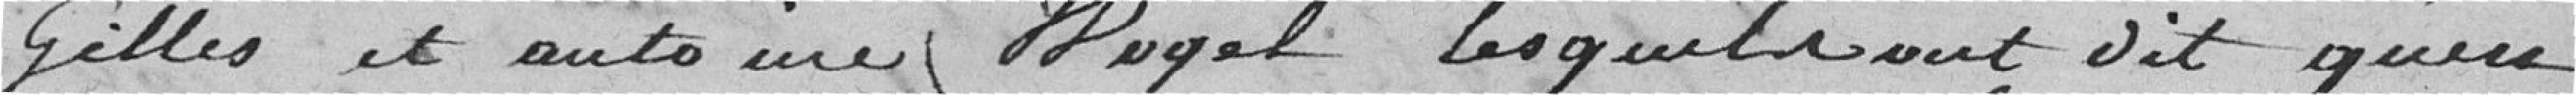
Gilles et Antoine Wogel lesquels ont dit qu'en